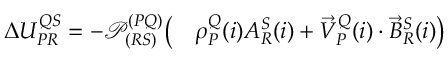
\begin{array} { r l } { \Delta U _ { P R } ^ { Q S } = - \mathcal P _ { ( R S ) } ^ { ( P Q ) } \big ( } & { { } \rho _ { P } ^ { Q } ( i ) A _ { R } ^ { S } ( i ) + \vec { V } _ { P } ^ { Q } ( i ) \cdot \vec { B } _ { R } ^ { S } ( i ) \big ) } \end{array}